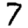
Digit: 7